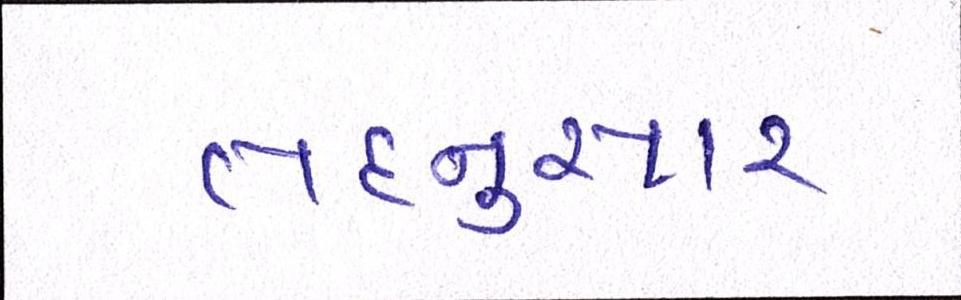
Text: તદનુસાર